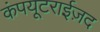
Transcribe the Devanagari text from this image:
कंपयूटराईज़द